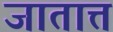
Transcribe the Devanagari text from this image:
जातात्त